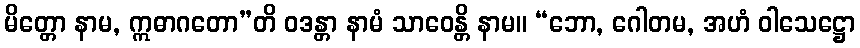
မိတ္တော နာမ, ဣဓာဂတော”တိ ဝဒန္တာ နာမံ သာဝေန္တိ နာမ။ “ဘော, ဂေါတမ, အဟံ ဝါသေဋ္ဌော